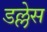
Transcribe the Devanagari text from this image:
डल्लेस